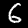
Label: 6